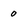
Character: 0